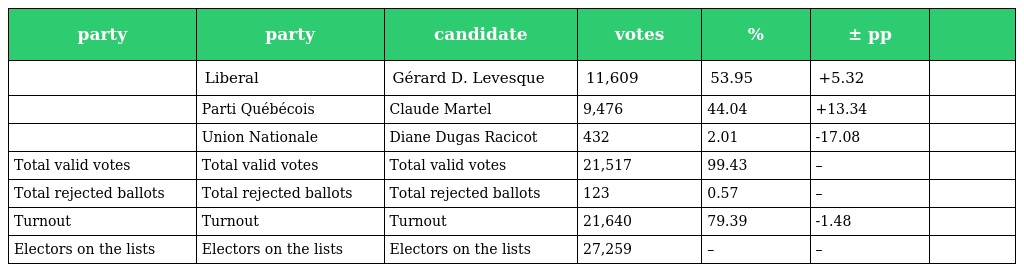
| party | party | candidate | votes | % | ± pp |  |
 | --- | --- | --- | --- | --- | --- | --- |
 |  | Liberal | Gérard D. Levesque | 11,609 | 53.95 | +5.32 |  |
 |  | Parti Québécois | Claude Martel | 9,476 | 44.04 | +13.34 |  |
 |  | Union Nationale | Diane Dugas Racicot | 432 | 2.01 | -17.08 |  |
 | Total valid votes | Total valid votes | Total valid votes | 21,517 | 99.43 | – |  |
 | Total rejected ballots | Total rejected ballots | Total rejected ballots | 123 | 0.57 | – |  |
 | Turnout | Turnout | Turnout | 21,640 | 79.39 | -1.48 |  |
 | Electors on the lists | Electors on the lists | Electors on the lists | 27,259 | – | – |  |